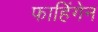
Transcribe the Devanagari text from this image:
फाहिंगेन